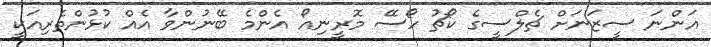
އަންނަ ސީޒަނަށް ޗެލްސީގެ ކޯޗު ހޯސޭ މޮރީނިއޯ އެންމެ ބޭނުންވާ އެއް ކުޅުންތެރިއަކީ